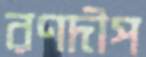
রণদীপ